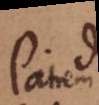
Patrem